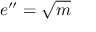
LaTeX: e ^ { \prime \prime } = { \sqrt { m } }